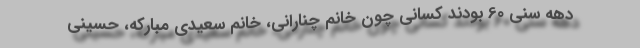
دهه سنی 60 بودند کسانی چون خانم چنارانی، خانم سعیدی مبارکه، حسینی